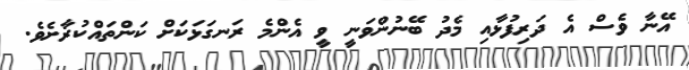
އޭނާ ވެސް އެ ދަރިފުޅާއި މެދު ބޭނުންވަނީ ވީ އެންމެ ރަނގަޅަކަށް ކަންތައްކުރާށެވެ.